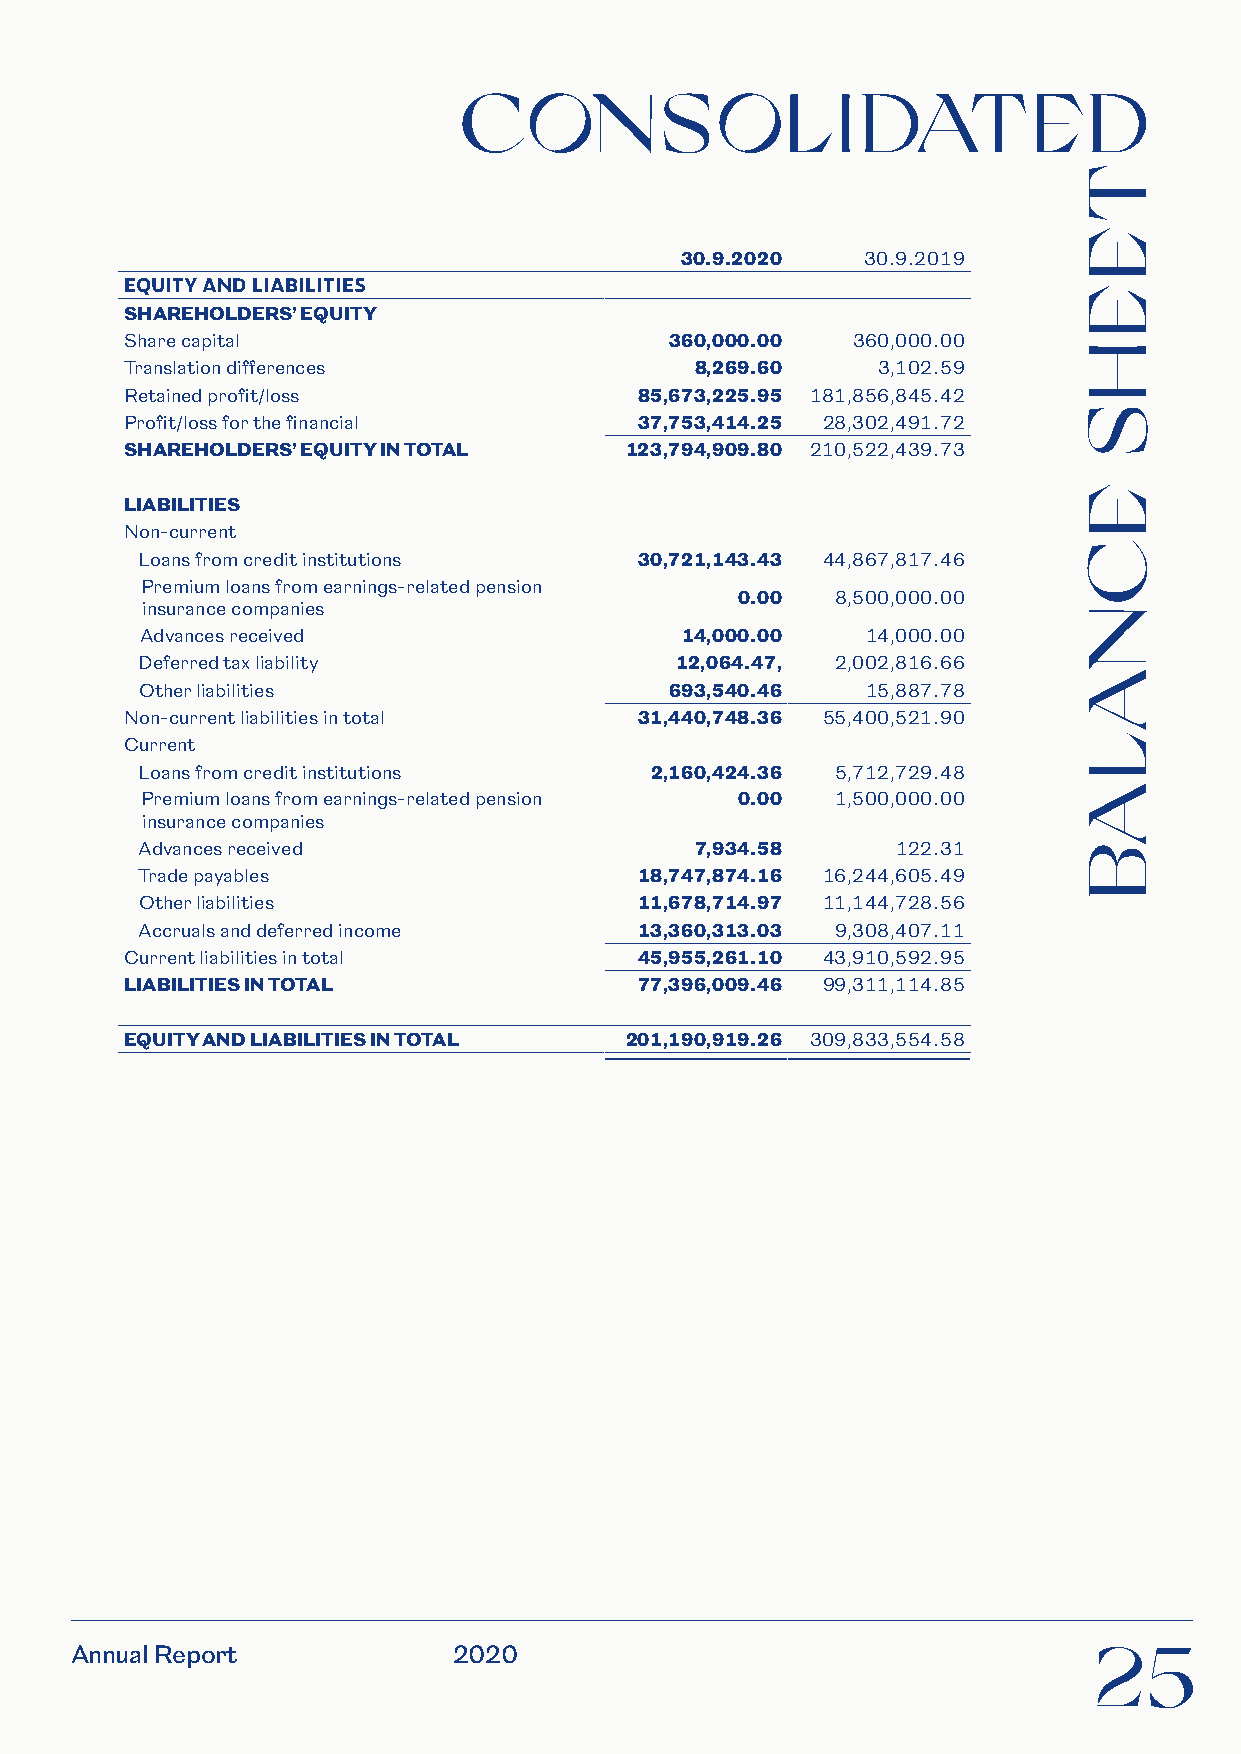
CONSOL                   IDATED
 30.9.2020   30.9.2019
 EQUITY AND LIABILITIES
 SHAREHOLDERS’ EQUITY
 Share capital                       360,000.00  360,000.00
 Translation differences               8,269.60    3,102.59
 Retained profit/loss              85,673,225.95 181,856,845.42
 Profit/loss for the financial     37,753,414.25 28,302,491.72
 SHAREHOLDERS’ EQUITY IN TOTAL    123,794,909.80 210,522,439.73
 LIABILITIES
 Non-current
 Loans from credit institutions   30,721,143.43 44,867,817.46
 Premium loans from earnings-related pension
 0.00  8,500,000.00
 insurance companies
 Advances received                   14,000.00   14,000.00
 Deferred tax liability              12,064.47, 2,002,816.66
 Other liabilities                  693,540.46   15,887.78
 Non-current liabilities in total  31,440,748.36 55,400,521.90
 Current
 Loans from credit institutions    2,160,424.36 5,712,729.48
 Premium loans from earnings-related pension 0.00 1,500,000.00
 insurance companies
 Advances received                    7,934.58     122.31
 Trade payables                   18,747,874.16 16,244,605.49
 Other liabilities                11,678,714.97 11,144,728.56
 Accruals and deferred income     13,360,313.03 9,308,407.11
 Current liabilities in total      45,955,261.10 43,910,592.95
 LIABILITIES IN TOTAL              77,396,009.46 99,311,114.85
 EQUITY AND LIABILITIES IN TOTAL  201,190,919.26 309,833,554.58
 Annual Report            2020                                      25
 TEE
 H
 S
 ECNALAB